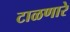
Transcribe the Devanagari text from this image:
टाळणारे